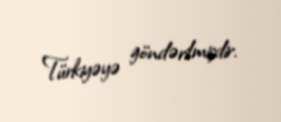
Türkiyəyə göndərilmişdir.